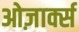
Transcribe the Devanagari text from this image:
ओज़ार्क्स